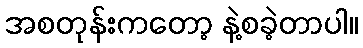
အစတုန်းကတော့ နဲ့စခဲ့တာပါ။